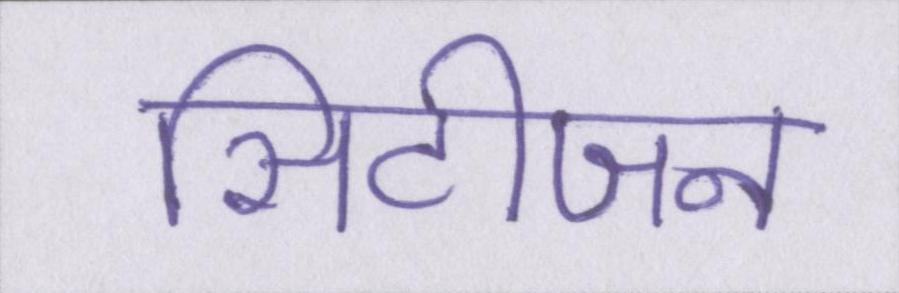
सिटीजन